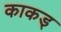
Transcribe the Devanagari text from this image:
काकड्